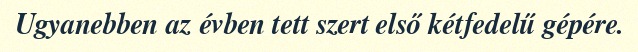
Ugyanebben az évben tett szert első kétfedelű gépére.